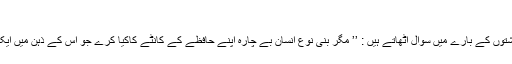
‘‘
وہ انسانوں اور ان کے رشتوں کے بارے میں سوال اٹھاتے ہیں : ’’ مگر بنی نوع انسان بے چارہ اپنے حافظے کے کانٹے کاکیا کرے جو اس کے ذہن میں ایک سیدھ میں گڑا ہوتا ہے؟